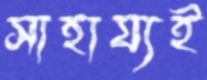
সাহায্যই